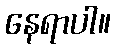
နေရာပါ။